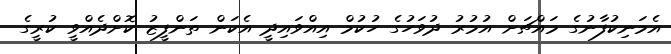
އެމަނިކުފާނުގެ މައްޗަށް އުމުރު ދުވަހުގެ ހުކުމް އިއްވައިދީ އެކަން ތަންފީޒު ކޮށްދެއްވީ ކުރީގެ